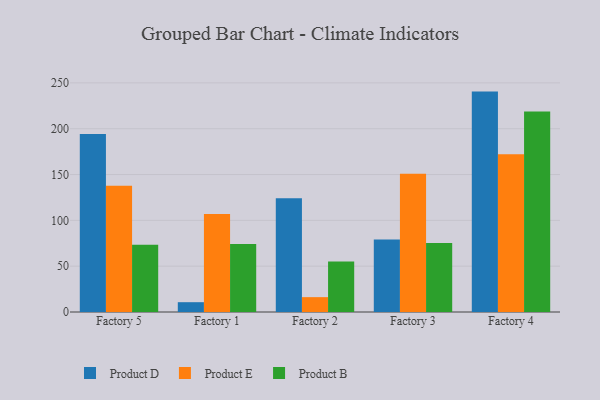
{"axis": {"x": "Factory", "y": "Demand Index"}, "legend": ["Product B", "Product D", "Product E"], "data": [{"x": "Factory 5", "y": 194.1, "type": "Product D"}, {"x": "Factory 5", "y": 137.7, "type": "Product E"}, {"x": "Factory 5", "y": 73.4, "type": "Product B"}, {"x": "Factory 1", "y": 10.7, "type": "Product D"}, {"x": "Factory 1", "y": 107.0, "type": "Product E"}, {"x": "Factory 1", "y": 74.1, "type": "Product B"}, {"x": "Factory 2", "y": 124.0, "type": "Product D"}, {"x": "Factory 2", "y": 16.2, "type": "Product E"}, {"x": "Factory 2", "y": 55.0, "type": "Product B"}, {"x": "Factory 3", "y": 79.1, "type": "Product D"}, {"x": "Factory 3", "y": 150.8, "type": "Product E"}, {"x": "Factory 3", "y": 75.4, "type": "Product B"}, {"x": "Factory 4", "y": 240.5, "type": "Product D"}, {"x": "Factory 4", "y": 172.2, "type": "Product E"}, {"x": "Factory 4", "y": 218.9, "type": "Product B"}]}